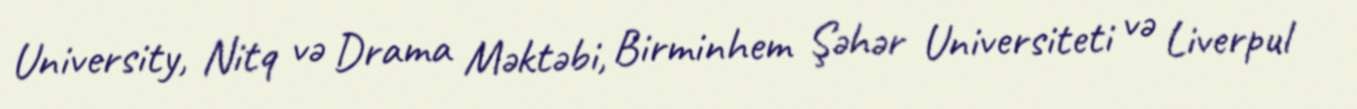
University, Nitq və Drama Məktəbi, Birminhem Şəhər Universiteti və Liverpul